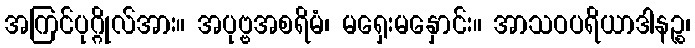
အကြင်ပုဂ္ဂိုလ်အား။ အပုဗ္ဗအစရိမံ၊ မရှေးမနှောင်း။ အာသဝပရိယာဒါနဉ္စ၊